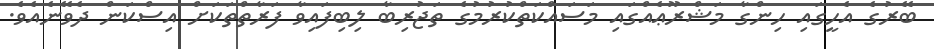
ބޭރުގެ އެހީގައި ހިންގާ މަޝްރޫޢެއްގައި މަސައްކަތްކުރުމުގެ ތަޖުރިބާ ލިބިފައިވާ ފަރާތްތަކަށް އިސްކަން ދެވޭނެއެވެ.